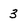
Character: 3